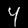
Digit: 4